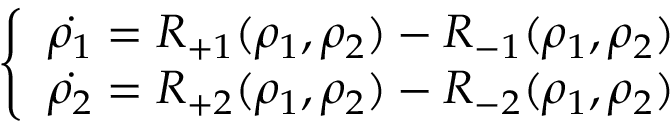
\left\{ \begin{array} { l l } { \dot { \rho _ { 1 } } = R _ { + 1 } ( \rho _ { 1 } , \rho _ { 2 } ) - R _ { - 1 } ( \rho _ { 1 } , \rho _ { 2 } ) } \\ { \dot { \rho _ { 2 } } = R _ { + 2 } ( \rho _ { 1 } , \rho _ { 2 } ) - R _ { - 2 } ( \rho _ { 1 } , \rho _ { 2 } ) } \end{array} \right.